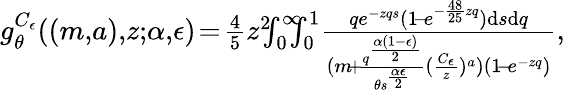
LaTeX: \begin{array}{r}{g_{\theta}^{C_{\epsilon}}((m,\! a),\! z;\! \alpha,\! \epsilon)\! =\! \frac{4}{5}z^{2}\! \! \! \int_{0}^{\infty}\! \! \! \! \int_{0}^{1}\! \frac{qe^{-zqs}(1\! -\! e^{-\frac{48}{25}zq})\mathrm{d}s\mathrm{d}q}{(m\! +\! \frac{q^{\frac{\alpha(1-\epsilon)}{2}}}{\theta s^{\frac{\alpha\epsilon}{2}}}(\frac{C_{\epsilon}}{z})^{a})(1\! -\! e^{-zq})},}\end{array}